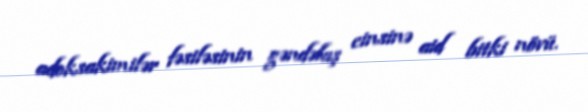
adoksakimilər fəsiləsinin gəndəlaş cinsinə aid bitki növü.